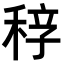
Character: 𥟆